Scottish Leaving Certificate Examination, 1954
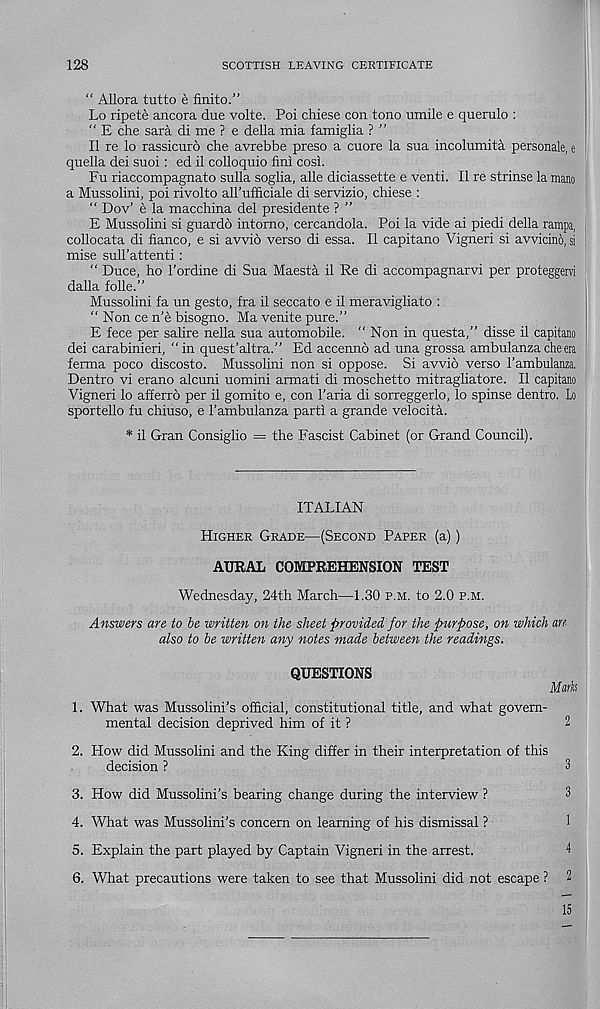
128
SCOTTISH LEAVING CERTIFICATE
“ Allora tutto e finite.”
Lo ripete ancora due volte. Poi chiese con tono umile e querulo :
" E die sara di me ? e della mia famiglia ? ”
II re lo rassicuro die avrebbe preso a cuore la sua incolumita personale, e
quella dei suoi: ed il colloquio fini cosi.
Fu riaccompagnato sulla soglia, alle diciassette e venti. II re strinse la mano
a Mussolini, poi rivolto aU’ufficiale di servizio, chiese :
“ Dov’ e la macchina del presidente ? ”
E Mussolini si guardo intorno, cercandola. Poi la vide ai piedi della rampa,
collocata di fianco, e si avvio verso di essa. II capitano Vigneri si avvicino, si
mise sull’attend :
“ Duce, ho 1’ordine di Sua Maesta il Re di accompagnarvi per proteggervi
dalla folle.”
Mussolini fa un gesto, fra il seccato e il meravigliato :
“ Non ce n’e bisogno. Ma venite pure.”
E fece per salire nella sua automobile. “ Non in questa,” disse il capitano
dei carabinieri, “ in quest’altra.” Ed accenno ad una grossa ambulanza die era
ferma poco discosto. Mussolini non si oppose. Si avvio verso I’ambulama.
Dentro vi erano alcuni uomini armati di moschetto mitragliatore. Il capitano
Vigneri lo afferro per il gomito e, con 1’aria di sorreggerlo, lo spinse dentro. Lo
sportello fu chiuso, e 1’ambulanza parti a grande velocita.
* il Gran Consiglio = the Fascist Cabinet (or Grand Council).
ITALIAN
Higher Grade—(Second Paper (a))
AURAL COMPREHENSION TEST
Wednesday, 24th March—1.30 p.m. to 2.0 p.m.
Answers are to be written on the sheet provided for the purpose, on which an
also to be written any notes made between the readings.
QUESTIONS
Mmh
1. What was Mussolini’s official, constitutional title, and what govern-
mental decision deprived him of it ?
2
2. How did Mussolini and the King differ in their interpretation of this
decision ?
3
3. How did Mussolini’s bearing change during the interview ?
3
4. What was Mussolini’s concern on learning of his dismissal ?
1
5. Explain the part played by Captain Vigneri in the arrest.
4
6. What precautions were taken to see that Mussolini did not escape ? 2
15